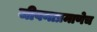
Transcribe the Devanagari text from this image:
जीवनाप्रमाणेच